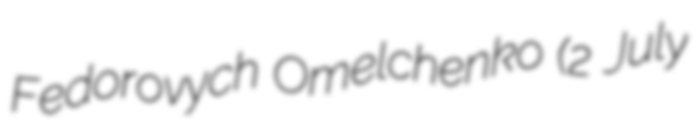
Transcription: Fedorovych Omelchenko (2 July